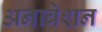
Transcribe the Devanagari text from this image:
अनावेशन